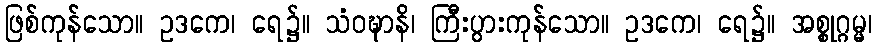
ဖြစ်ကုန်သော။ ဥဒကေ၊ ရေ၌။ သံဝဍ္ဎာနိ၊ ကြီးပွားကုန်သော။ ဥဒကေ၊ ရေ၌။ အစ္စုဂ္ဂမ္မ၊